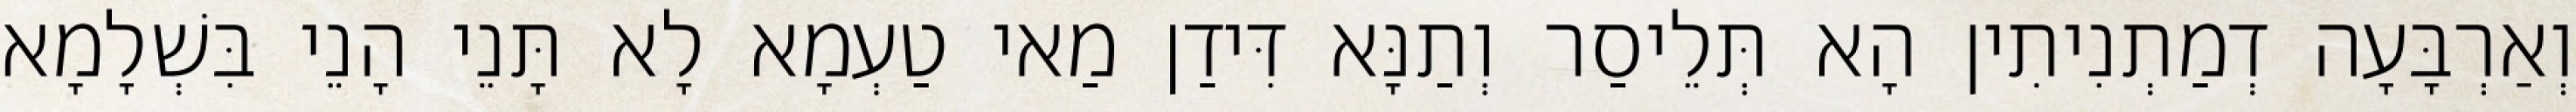
וְאַרְבָּעָה דְמַתְנִיתִין הָא תְּלֵיסַר וְתַנָּא דִּידַן מַאי טַעְמָא לָא תָּנֵי הָנֵי בִּשְׁלָמָא